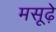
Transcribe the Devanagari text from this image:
मसूढ़े